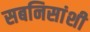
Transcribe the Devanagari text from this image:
सबनिसांशी